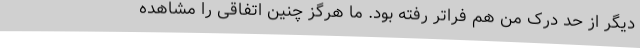
دیگر از حد درک من هم فراتر رفته بود. ما هرگز چنین اتفاقی را مشاهده